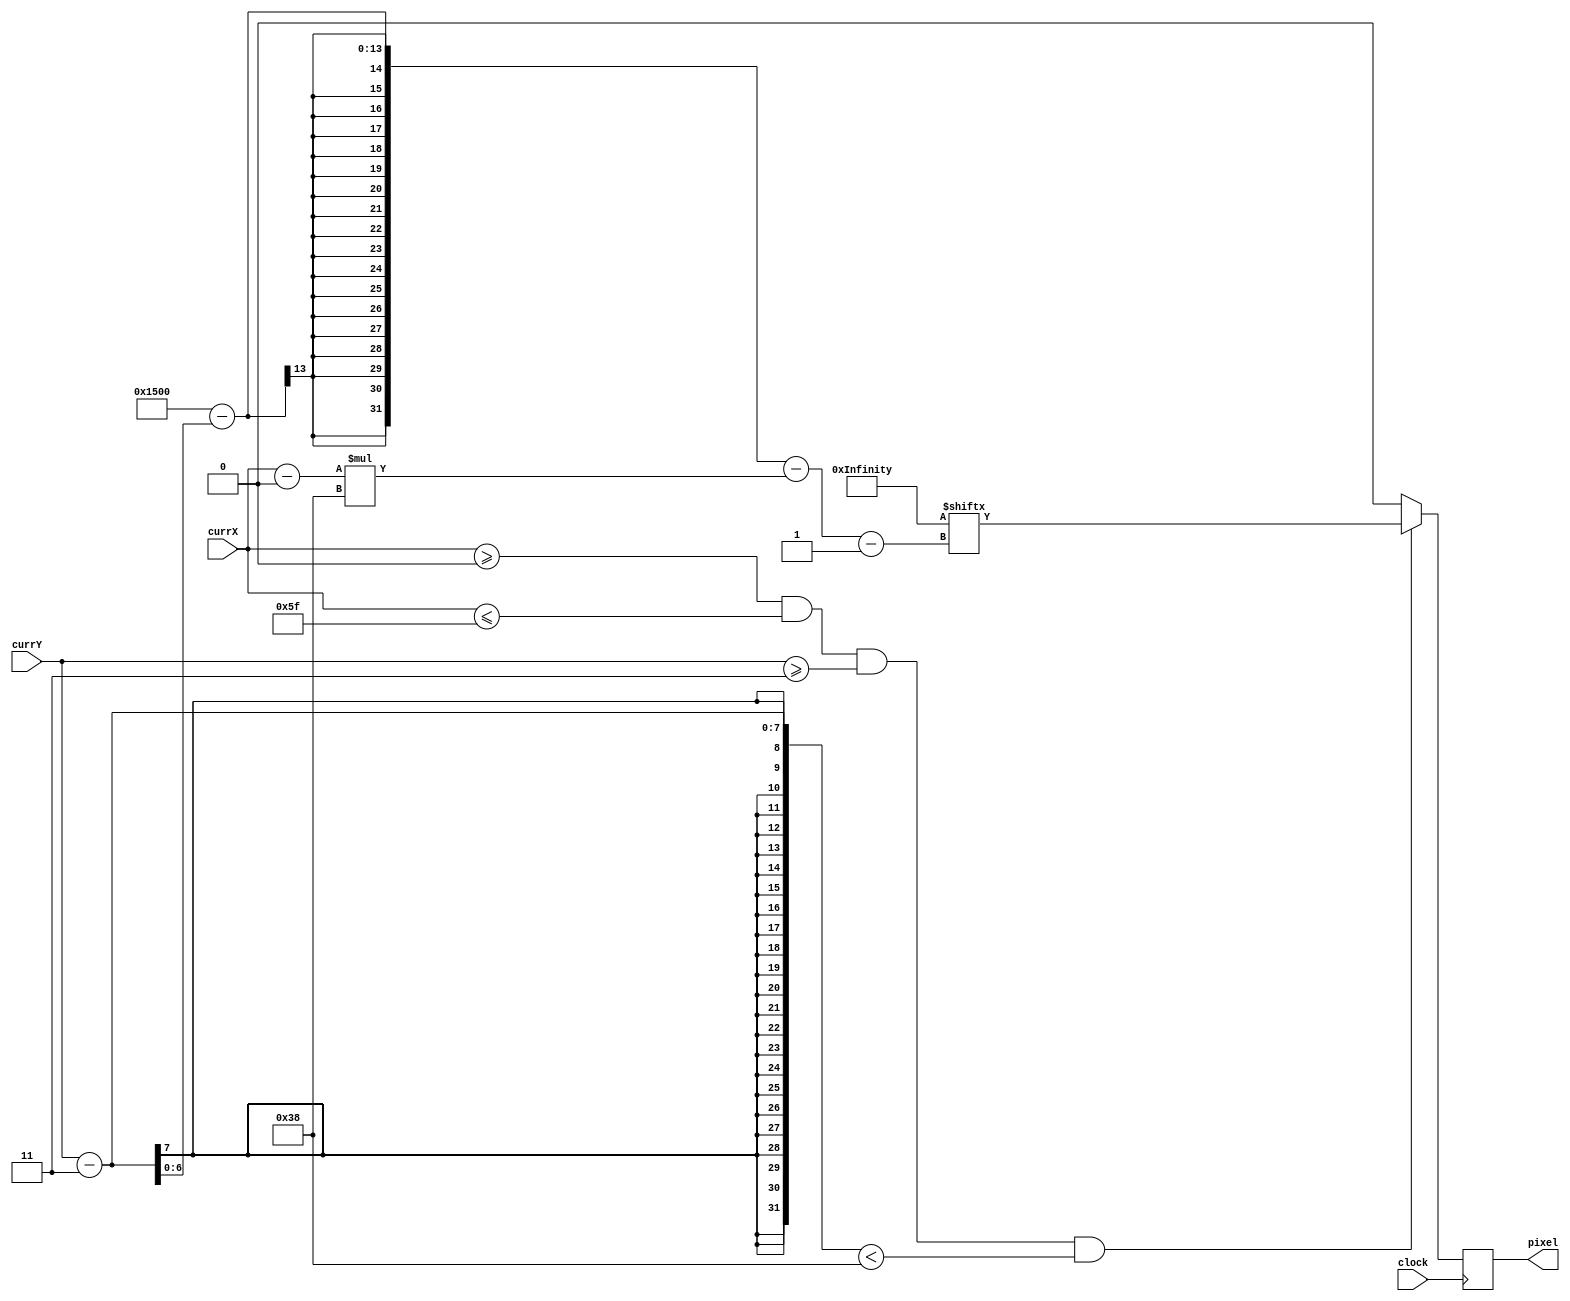
`timescale 1ns / 1ps
//////////////////////////////////////////////////////////////////////////////////
// Company: 
// Engineer: 
// 
// Design Name: 
// Module Name: logo_orange
// Project Name: 
// Target Devices: 
// Tool Versions: 
// Description: 
// 
// Dependencies: 
// 
// Revision:
// Revision 0.01 - File Created
// Additional Comments:
// 
//////////////////////////////////////////////////////////////////////////////////


module logo_orange(input clock, input [6:0] currX, currY, output reg pixel);
    parameter STARTX = 0, ENDX = 95, LOGO_HEIGHT = 56, startY = 3;
    reg [6:0] index = 0, row = 0;
    wire [5376:1] logo;
    assign logo = 5376'h0000000000000000000000000000FFFFFFFFFC0000800000000F000087FF000403C0008403000E00F8008C03001F003C0088060007C00F0088040003E003C0880600007000F08C03000018003883FF005F88021C8C0300FFE01E0C880600EBB07F068804007970FC06880600EBB1E0078C0300FFE3C0038403005F8F800387FF00001F0003800000007F000380000003FF4003803E0001FEE803804100C1FEFC07808081E1FC7E0687E08331FA300688908619F3080C905E8419FBBC1C90510419FFFE3890BE8431FFF8F088808460FE61C087E080C0FC0F80808080C1803E008041006700F800803E003E03C000800000000F0000FFFFFFFFFC0000000000000000000000000000000000000000000000000000000000000000000000000000000000000000000000000000000000000000000000000000000000000000000000000000000000000000000000000000000000000000000000000000000000000000000000000000000000000000000000000000000000000000000000000000000000000000000000000000000000000000000000000000000000000000000000000000000000000000000000000000000000000000000000000000000000000000000000000000000000000000000000000000000000000000000000000000000000000000000000000000000000000000000000000000000000000000000000000000000000000000000000000000000000000000000000000000000000000000000000000000000000000000000000000000000000000000000000000000000000000000000000000000000000000000000000000000000000000000000000000000000000000000000000000000000000000000000000000000000000000000000000000000000000000000000000000000000000000000000000000000;
    always @ (posedge clock) begin
        if(currX >= STARTX && currX <= ENDX && currY >= startY && (currY - startY) < LOGO_HEIGHT) begin
            row = currY - startY; index = currX - STARTX;
            pixel = logo[5376 - row - index*LOGO_HEIGHT];
        end
        else begin pixel = 0; row = 0; index = 0; end
    end
endmodule